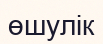
өшулік